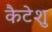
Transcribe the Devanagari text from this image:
कैटेशु